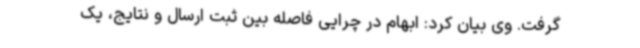
گرفت. وی بیان کرد: ابهام در چرایی فاصله بین ثبت ارسال و نتایج، یک